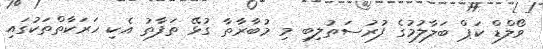
ވޯލްޑް ކަޕް ބަލާލުމުގެ ފުރުސަތުލިބި މި މުބާރާތާ ގުޅޭ ތަފާތު އެކި ހަރަކާތްތަކުގައި